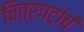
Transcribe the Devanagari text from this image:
चित्रपटांचं